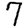
Digit: 7